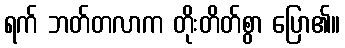
ရက် ဘတ်တလာက တိုးတိတ်စွာ ပြော၏။